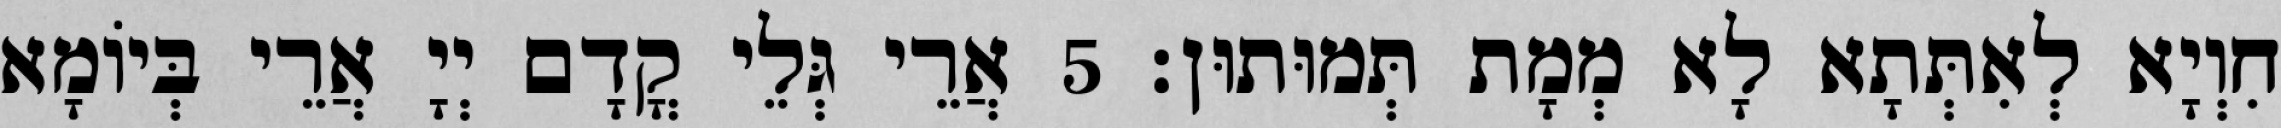
חִוְיָא לְאִתְּתָא לָא מְמָת תְּמוּתוּן׃ 5 אֲרֵי גְּלֵי קֳדָם יְיָ אֲרֵי בְּיוֹמָא